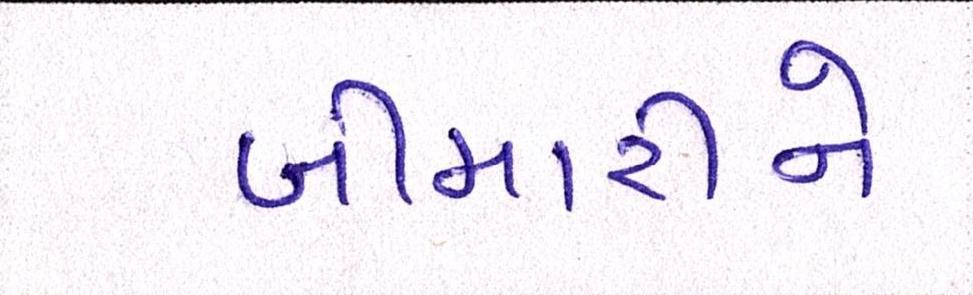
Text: બીમારીને